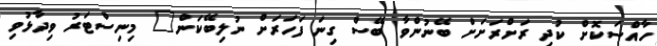
ހާއްސަކޮށް ކުދި ރަށްރަށަށް ބޭނުންވާ ބޭސް ގިނަ ފަހަރަށް ނުލިބޭކަން" މިނިސްޓަރު ވިދާޅުވި